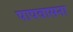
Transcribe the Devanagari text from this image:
पापवासना